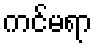
ကင်မရာ